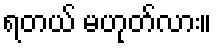
ရတယ် မဟုတ်လား။